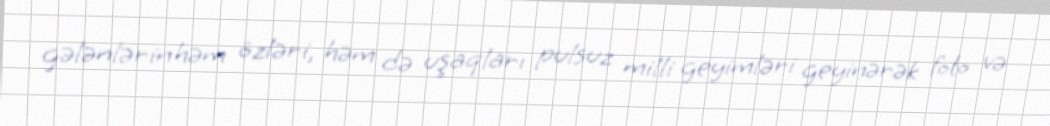
gələnlərin həm özləri, həm də uşaqları pulsuz milli geyimləri geyinərək foto və